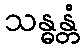
သန္ဓန္တံ